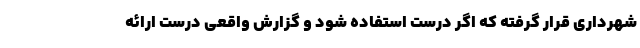
شهرداری قرار گرفته که اگر درست استفاده شود و گزارش واقعی درست ارائه